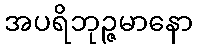
အပရိဘုဉ္ဇမာနော